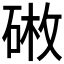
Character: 𪿥